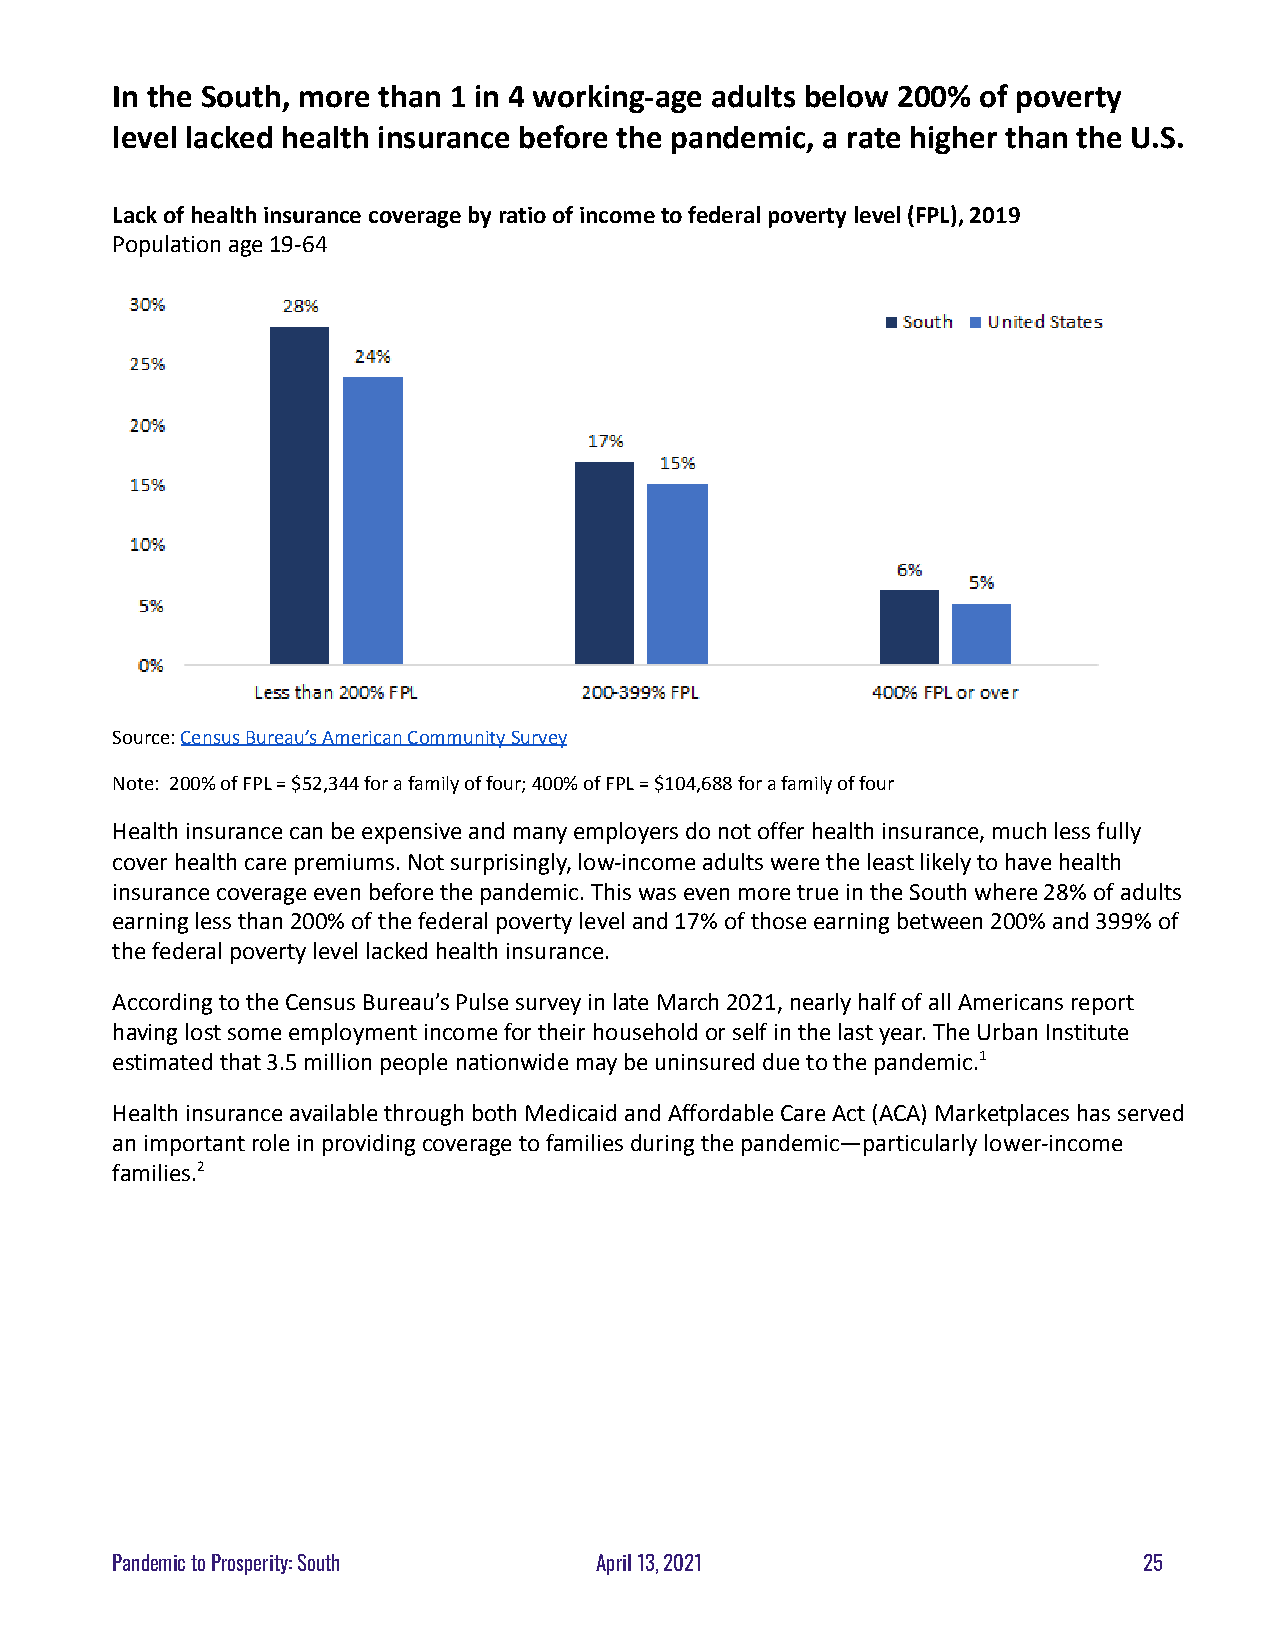
In the South, more than 1 in 4 working-age adults below 200% of poverty
 level lacked health insurance before the pandemic, a rate higher than the U.S.
 Lack of health insurance coverage by ratio of incometo federal poverty level (FPL), 2019
 Population age 19-64
 Source:Census Bureau’s American Community Survey
 Note: 200% of FPL = $52,344 for a family of four;400% of FPL = $104,688 for a family of four
 Health insurance can be expensive and many employersdo not offer health insurance, much less fully
 cover health care premiums. Not surprisingly, low-incomeadults were the least likely to have health
 insurance coverage even before the pandemic. Thiswas even more true in the South where 28% of adults
 earning less than 200% of the federal poverty leveland 17% of those earning between 200% and 399% of
 the federal poverty level lacked health insurance.
 According to the Census Bureau’s Pulse survey in lateMarch 2021, nearly half of all Americans report
 having lost some employment income for their householdor self in the last year. The Urban Institute
 estimated that 3.5 million people nationwide may beuninsured due to the pandemic.1
 Health insurance available through both Medicaid andAffordable Care Act (ACA) Marketplaces has served
 an important role in providing coverage to familiesduring the pandemic—particularly lower-income
 families.2
 Pandemic to Prosperity: South   April 13, 2021                       25